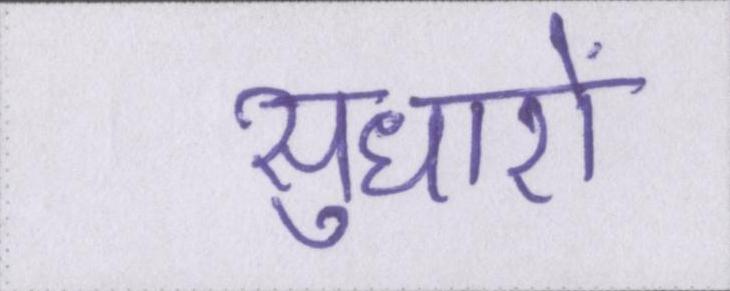
सुधारों